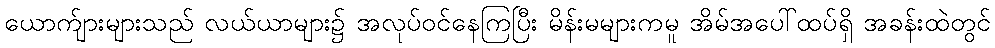
ယောက်ျားများသည် လယ်ယာများ၌ အလုပ်ဝင်နေကြပြီး မိန်းမများကမူ အိမ်အပေါ်ထပ်ရှိ အခန်းထဲတွင်